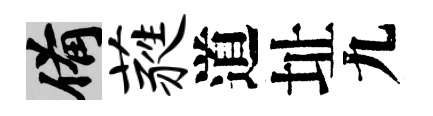
備蕤道址九